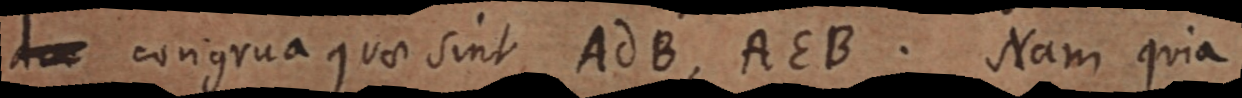
d congrua quae sint AdB, AEB. Nam quia